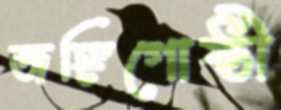
জঙ্গিগোষ্ঠী